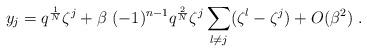
LaTeX: \begin{align*}y_{j}=q^{\frac{1}{N}}\zeta ^{j}+\beta ~(-1)^{n-1}q^{\frac{2}{N}}\zeta^j\sum_{l\neq j}(\zeta^{l}-\zeta^j)+O(\beta ^{2})\;. \end{align*}